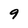
Character: 9